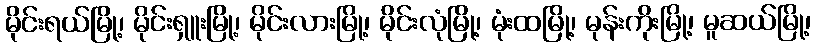
မိုင်းရယ်မြို့၊ မိုင်းရှူးမြို့၊ မိုင်းလားမြို့၊ မိုင်းလုံမြို့၊ မုံးထမြို့၊ မုန်းကိုးမြို့၊ မူဆယ်မြို့၊